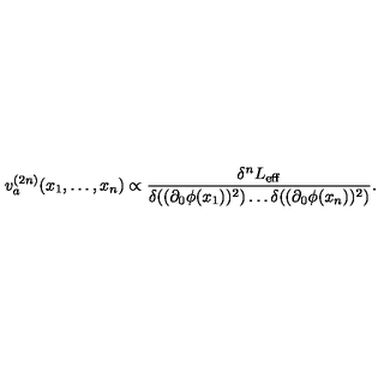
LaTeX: v _ { a } ^ { ( 2 n ) } ( x _ { 1 } , \dots , x _ { n } ) \propto \frac { \delta ^ { n } L _ { \mathrm { e f f } } } { \delta ( ( \partial _ { 0 } \phi ( x _ { 1 } ) ) ^ { 2 } ) \dots \delta ( ( \partial _ { 0 } \phi ( x _ { n } ) ) ^ { 2 } ) } .